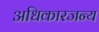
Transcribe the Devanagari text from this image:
अधिकारजन्य